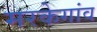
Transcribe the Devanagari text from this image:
मरकेगांव